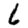
Digit: 6